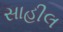
સાહીલ